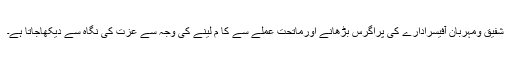
شفیق ومہربان آفیسرادارے کی پراگرس بڑھانے اورماتحت عملے سے کا م لینے کی وجہ سے عزت کی نگاہ سے دیکھاجاتا ہے۔